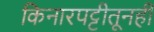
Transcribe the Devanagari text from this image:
किनारपट्टीतूनही